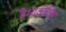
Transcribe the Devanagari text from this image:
हैशाओलिन